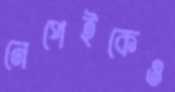
নেপেইকেও